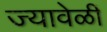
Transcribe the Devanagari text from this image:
ज्यावेळीं